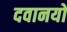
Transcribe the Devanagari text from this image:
दवानयों